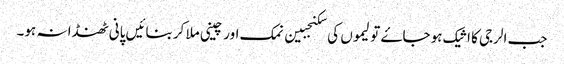
جب الرجی کا اثیک ہو جاۓ تو لیموں کی سکنجبین نمک اور چینی ملا کر بنائیں پانی ٹھنڈا نہ ہو۔